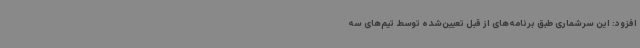
افزود: این سرشماری طبق برنامه‌های از قبل تعیین‌شده توسط تیم‌های سه